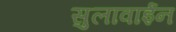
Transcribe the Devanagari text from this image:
सुलावाईन